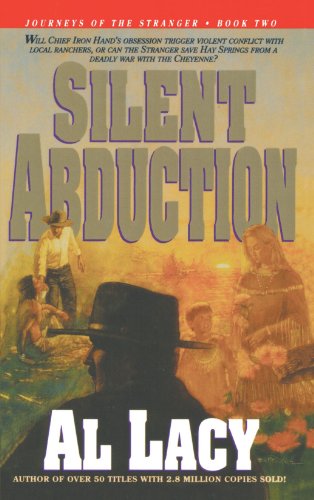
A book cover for Silent Abduction (Journeys of the Stranger #2); Al Lacy; Religion & Spirituality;